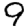
Digit: 9